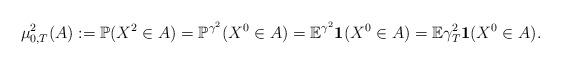
LaTeX: \begin{align*}\mu_{0,T}^2(A) := \mathbb P(X^2 \in A) = \mathbb P^{\gamma^2} (X^0 \in A)= \mathbb E^{\gamma^2} \mathbf{1}(X^0 \in A)=\mathbb E \gamma^2_T \mathbf{1}(X^0 \in A).\end{align*}